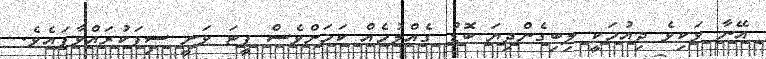
އޭނާ ވަކިވެ ދިއުމަކީ ލިބިގެންދިޔަ ބޮޑު ގެއްލުމެއް ކަމަށްވެސް ޕީޓަ ވަނީ ސިފަކުރައްވާފައެވެ.